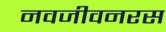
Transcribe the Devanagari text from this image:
नवजीवनरस